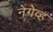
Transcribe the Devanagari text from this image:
नेगेव्ह